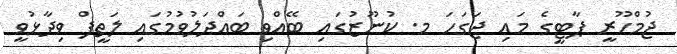
ޖުމްހޫރީ ޕާޓީގެ މައި ޖަގަހަ މ. ކުނޫޒުގައި ބޭއްވި ބައްދަލުވުމުގައި ލަތީފް ވިދާޅުވީ